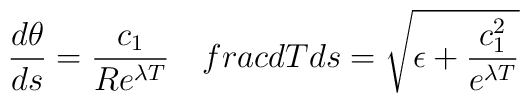
\frac{d\theta}{ds}=\frac{c_1}{Re^{\lambda  T }}\ \ \ \ \\frac{dT}{ds}=\sqrt{\epsilon +\frac{c_1^2}{e^{\lambda  T}}}